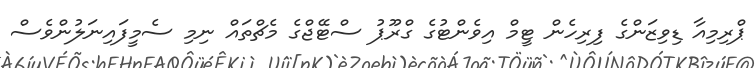
ޕްރިމިއާ ޑިވިޒަންގެ ފިރިހެން ޓީމް އިވެންޓުގެ ގްރޫޕު ސްޓޭޖްގެ މެޗްތައް ނިމި ސެމީފައިނަލުންވެސް